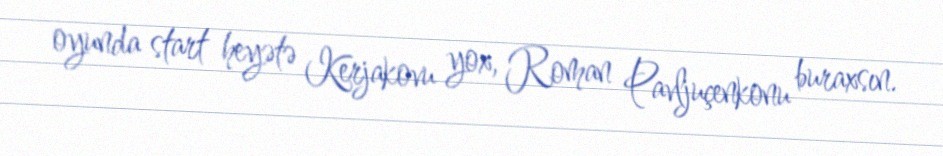
oyunda start heyətə Kerjakovu yox, Roman Pavljuçenkonu buraxsın.